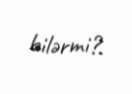
bilərmi?.